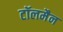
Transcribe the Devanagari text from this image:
टॉलमैन